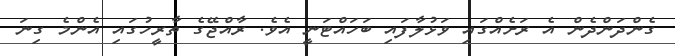
ގެންދަންދެން އެ ރަށެއްގައި ވަޅުލާފައި ބަހައްޓަނީ އެވެ. ރާއްޖޭގެ ތާރީހުގައި އެންމެ ގިނަ